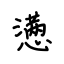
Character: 懑